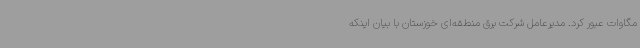
مگاوات عبور کرد. مدیرعامل شرکت برق منطقه‌ای خوزستان با بیان اینکه